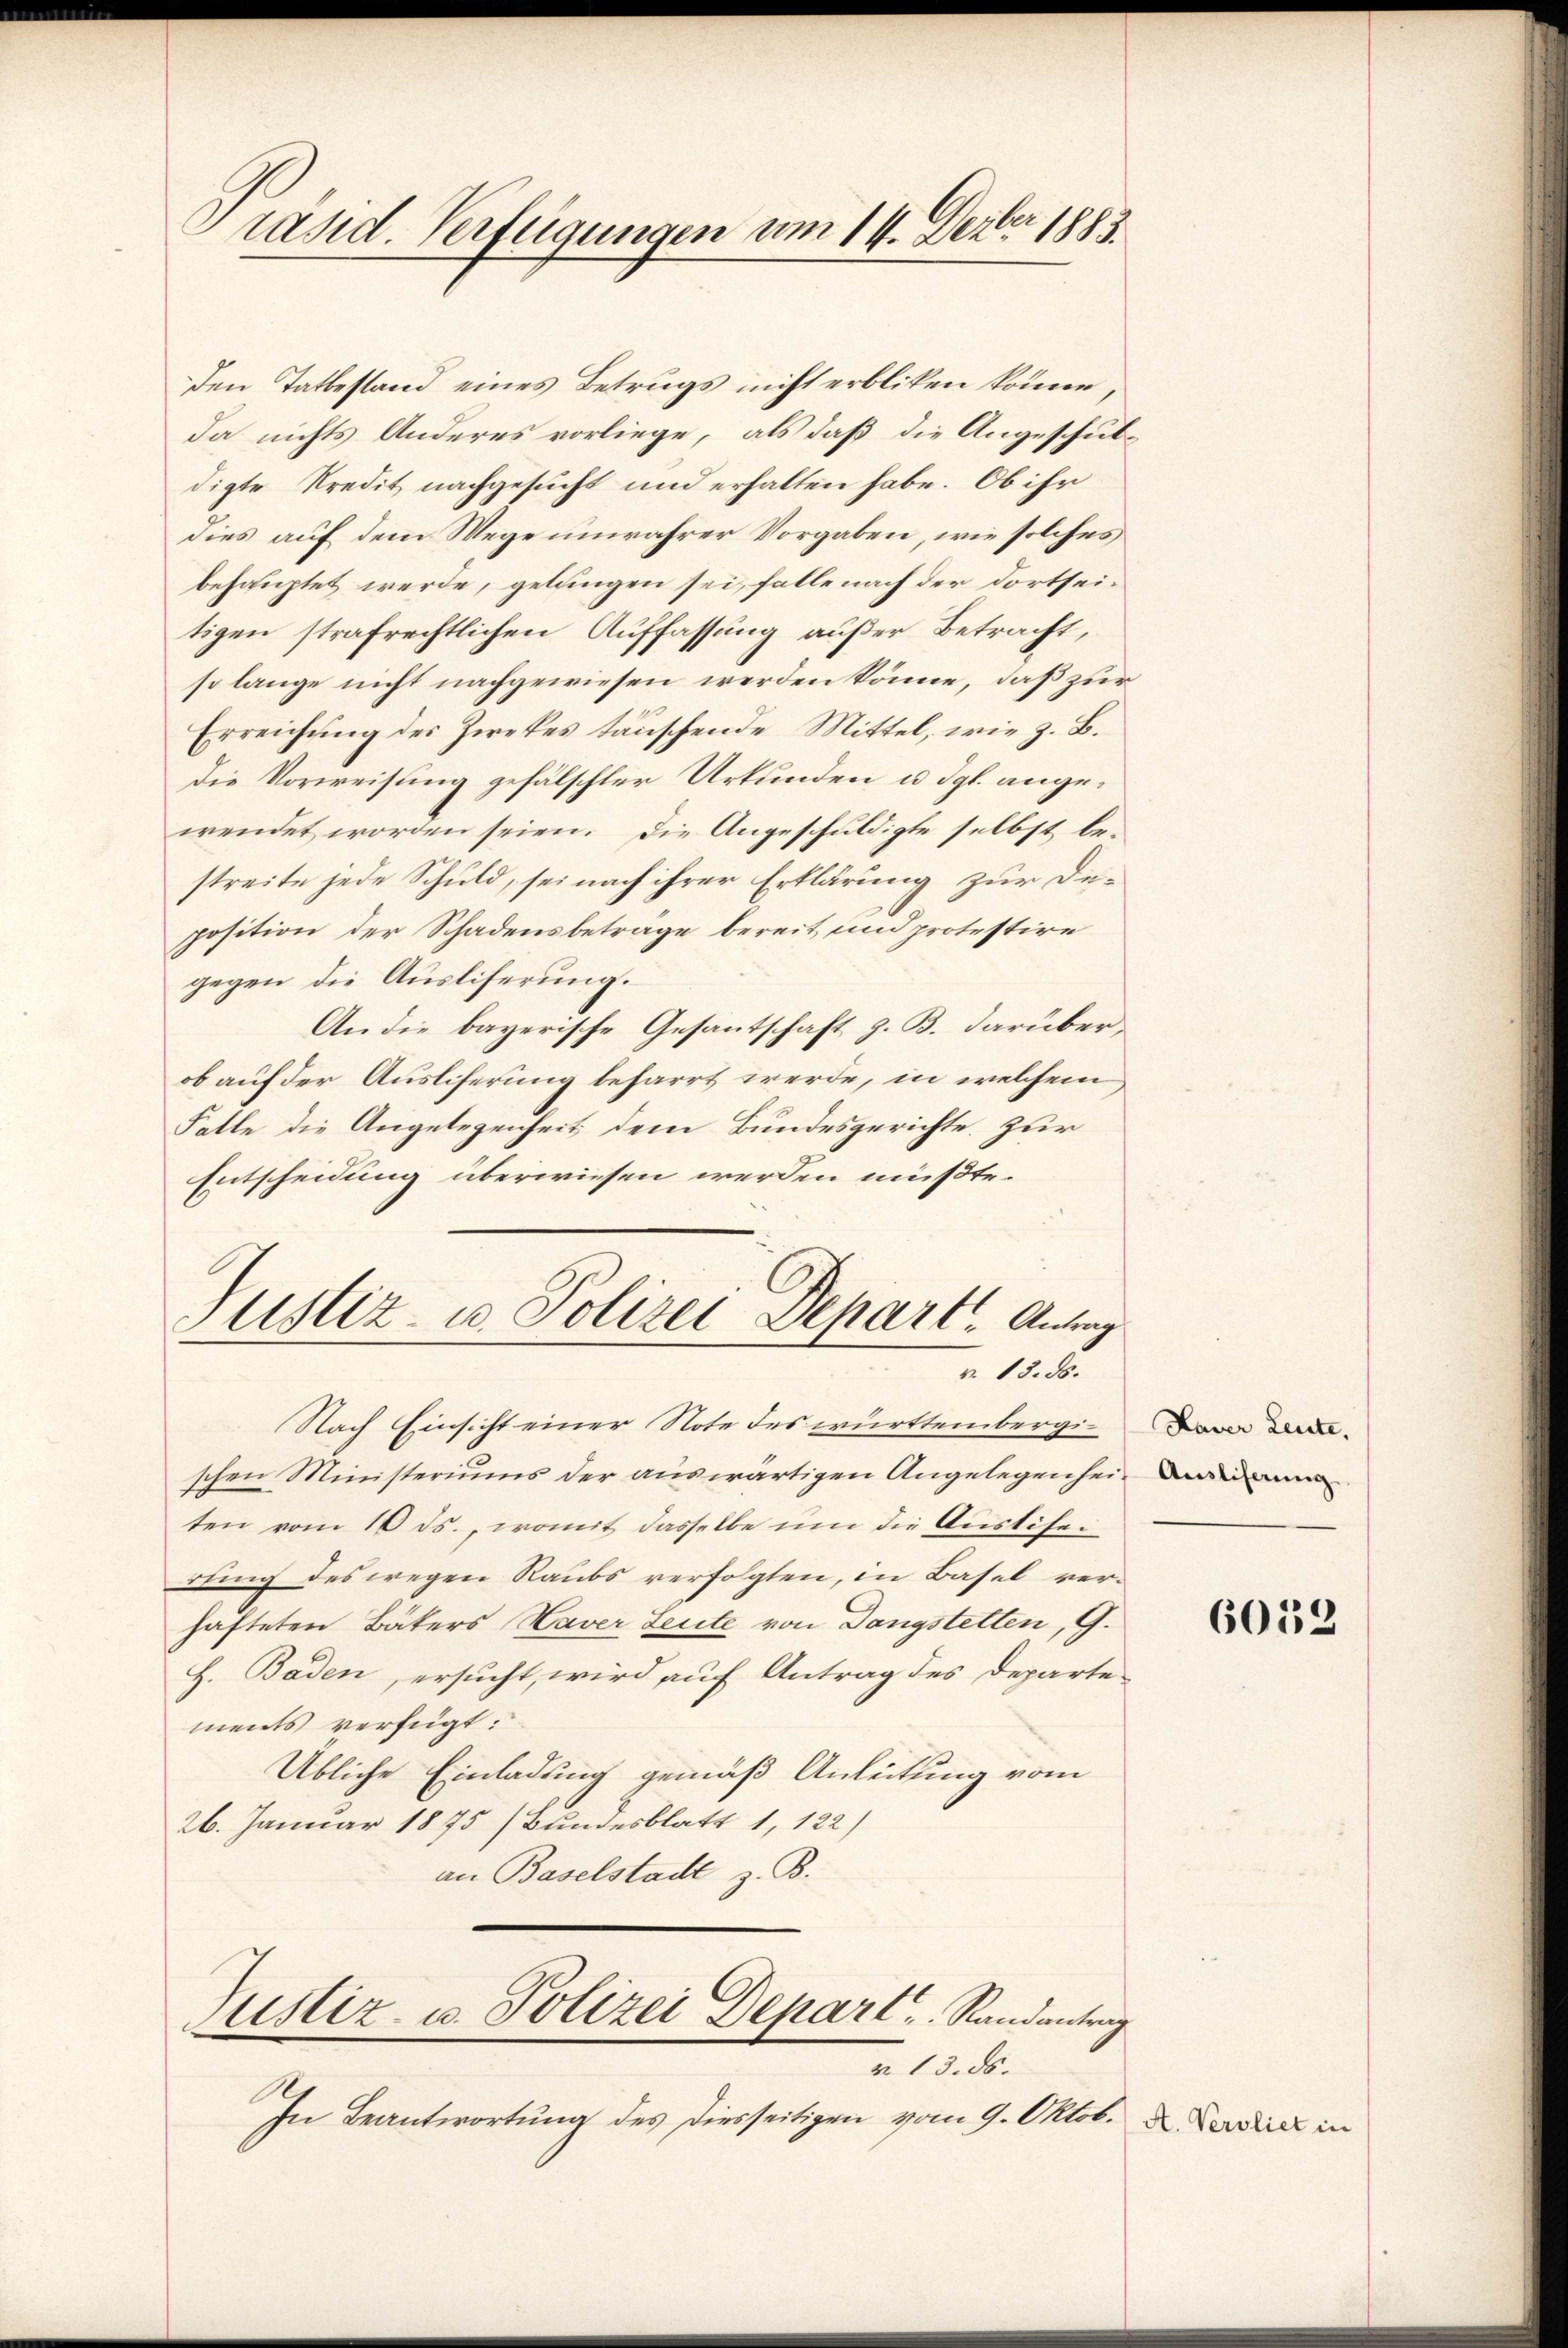
Präsid. Verfügungen am 14. Dezbr 1883.

den Tatbestand eines Betrugs nicht erbliken könne,
da nichts Anderes vorliege, als daß die Angeschuldigte Kredit nachgesucht und erhalten habe. Ob ihr
dies auf dem Wege unwahrer Vorgaben, wie solches
behauptet werde, gelungen sei, falle nach der dortseitigen strafrechtlichen Auffassung außer Betracht,
so lange nicht nachgewiesen werden könne, daß zur
Erreichung des Zweckes täuschende Mittel, wie z. B.
Die Vorweisung gefälschter Urkunden u. dgl. angewendet worden seien. Die Angeschuldigte selbst bestreite jede Schuld, sei nach ihrer Erklärung zur De-
position der Schadensbetrage bereit und protestire
gegen die Ausliferung.
An die bayerische Gesantschaft z. B. darüber,
ob auf der Ausliferung beharrt werde, in welchem
Falle die Angelegenheit dem Bundesgerichte Zur
Entscheidung überwiesen werden müßte.

Justiz- u. Polizei Depart. Antrag
v. 13. ds.

Rustiz- u. Polizei Depart, Randantrag

Nach Einsicht einer Note des württembergischen Ministeriums der auswärtigen Angelegenhei
ten vom 16 ds., womit dasselbe um die Aussisedung des wegen Raubs verfolgten, in Basel verhafteten Bäkers Haver Leute von Dangstetten, G.
H. Baden, ersucht, wird auf Antrag des Departe-
ments verfügt:
Übliche Einladung gemäß Anleitung vom
26. Januar 1875 (Bundesblatt 1, 122)
an Baselstadt z. B.

v. 13. ds.
In Beantwortung des diesseitigen vom 9. Oktob. 2. Dies in

Haver Leute,

6052